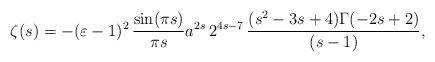
\begin{align*}\zeta(s) = -(\varepsilon - 1)^2 \,\frac{\sin(\pi s)}{\pi s} a^{2s}\, 2^{4s-7}\, \frac{(s^2-3s+4)\Gamma(-2s+2)}{(s-1)} ,\end{align*}